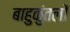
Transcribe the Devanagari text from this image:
बाहुकुंतलों